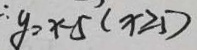
\therefore y = x - 5 ( x \geq 5 )